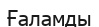
Ғаламды